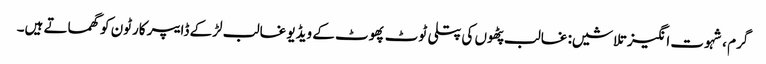
گرم ، شہوت انگیز تلاشیں: غالب پٹھوں کی پتلی ٹوٹ پھوٹ کے ویڈیو غالب لڑکے ڈایپر کارٹون کو گھماتے ہیں۔